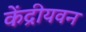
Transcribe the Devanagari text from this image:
केंद्रीयवन